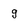
Character: g